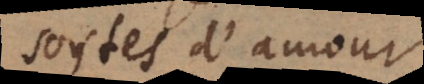
sortes d’amour